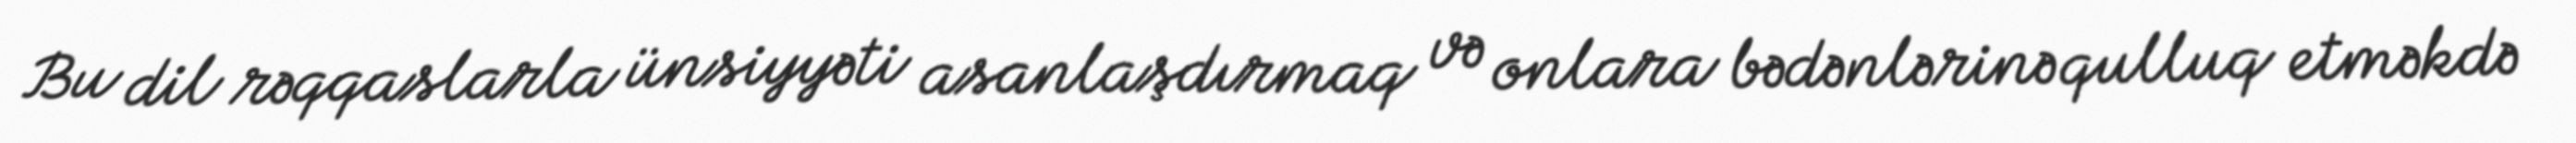
Bu dil rəqqaslarla ünsiyyəti asanlaşdırmaq və onlara bədənlərinə qulluq etməkdə